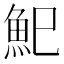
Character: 𩵗